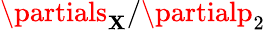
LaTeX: \partials_{\mathbf{X}}/\partialp_{2}